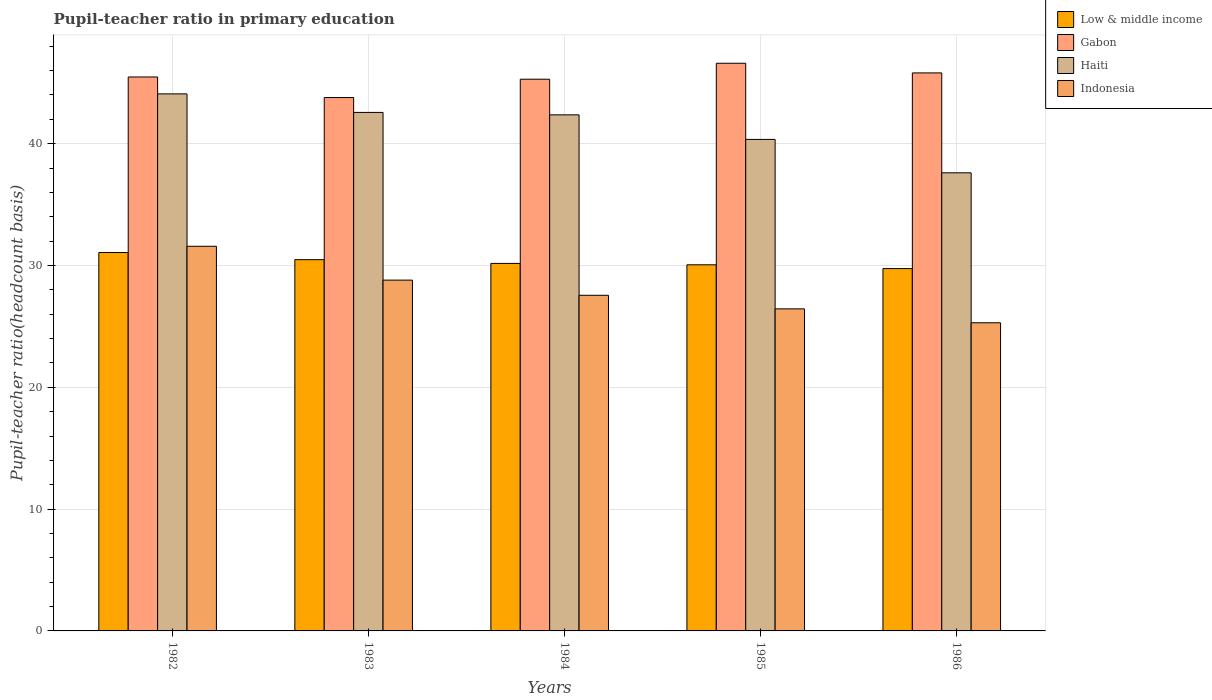
| Years | Low & middle income | Gabon | Haiti | Indonesia |
 | --- | --- | --- | --- | --- |
 | 1982 | 31.1 | 45.5 | 44.1 | 31.6 |
 | 1983 | 30.5 | 43.8 | 42.6 | 28.8 |
 | 1984 | 30.2 | 45.3 | 42.4 | 27.6 |
 | 1985 | 30.1 | 46.6 | 40.4 | 26.4 |
 | 1986 | 29.7 | 45.8 | 37.6 | 25.3 |